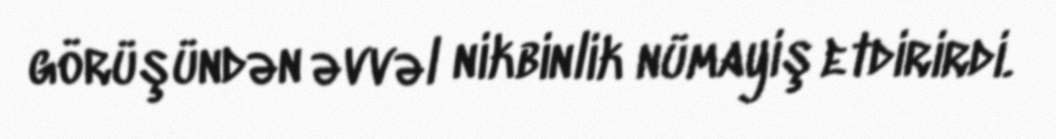
görüşündən əvvəl nikbinlik nümayiş etdirirdi.